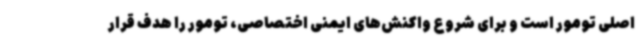
اصلی تومور است و برای شروع واکنش‌های ایمنی اختصاصی، تومور را هدف قرار